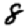
Digit: 8